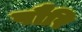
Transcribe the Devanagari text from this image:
पौरि